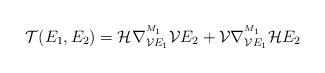
LaTeX: \begin{align*}\mathcal{T}(E_1,E_2)=\mathcal{H}\nabla^{^{M_1}}_{\mathcal{V}E_1}\mathcal{V}E_2+\mathcal{V}\nabla^{^{M_1}}_{\mathcal{V}E_1}\mathcal{H}E_2 \end{align*}